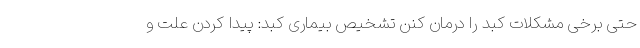
حتی برخی مشکلات کبد را درمان کنن تشخیص بیماری کبد: پیدا کردن علت و